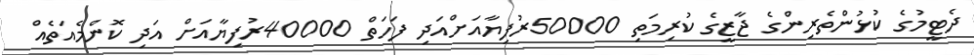
ދެޓީމުގެ ކުޅުންތެރިންގެ ޖާޒީގެ ކުރިމަތި 50000ރުފިޔާއަށްއަދި ފަހަތް 40000ރުފިޔާއަށް އަދި ކޮންމެއަތެއް